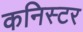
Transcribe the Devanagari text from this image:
कनिस्टर